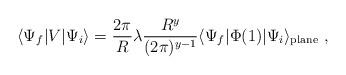
LaTeX: \begin{align*}\langle \Psi_f | V |\Psi_i\rangle = \frac{2\pi}{R}\lambda \frac{R^y}{(2\pi )^{y-1}} \langle \Psi_f | \Phi (1)|\Psi_i\rangle_{\rm plane} \ ,\end{align*}